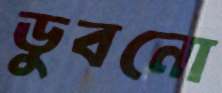
ডুবনো